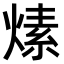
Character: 𤍊